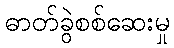
ဓာတ်ခွဲစစ်ဆေးမှု